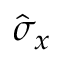
\hat { \sigma } _ { x }